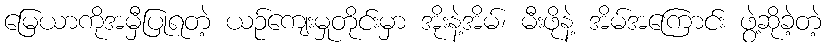
မြေယာကိုအမှီပြုရတဲ့ ယဉ်ကျေးမှုတိုင်းမှာ အိုးနဲ့အိမ်၊ မီးဖိုနဲ့ အိမ်အကြောင်း ဖွဲ့ဆိုခဲ့တဲ့